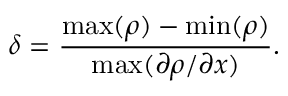
\delta = \frac { \operatorname* { m a x } ( \rho ) - \operatorname* { m i n } ( \rho ) } { \operatorname* { m a x } ( \partial \rho / \partial x ) } .